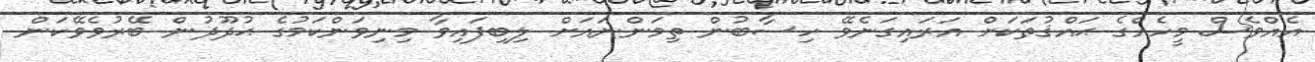
އެއްވެސް މީހެއްގެ ޙައްޤުތަކަށް އަރައިގަނެވޭ ހިސާބުން ތިމަންނައަށް ލިބިފައިވާ މިނިވަންކަމުގެ ޙުދޫދުން ބޭރުވެވޭކަން